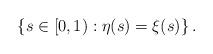
LaTeX: \begin{align*}\left\{ s\in[0,1):\eta(s)=\xi(s)\right\} .\end{align*}